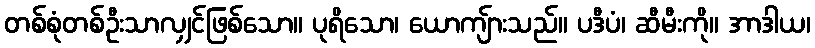
တစ်စုံတစ်ဦးသာလျှင်ဖြစ်သော။ ပုရိသော၊ ယောကျ်ားသည်။ ပဒီပံ၊ ဆီမီးကို။ အာဒါယ၊